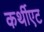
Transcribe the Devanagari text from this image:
कर्थीएट